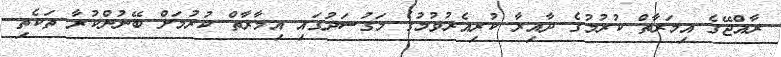
ރާއްޖޭގެ އިމަރާތް ކުރުމުގެ ދާއިރާ ކުރިއެރުވުމުގެ މަގުސަދުގައި އިމާރާތް ކުރުމަށް ބޭނުންކުރާ ތަކެތި